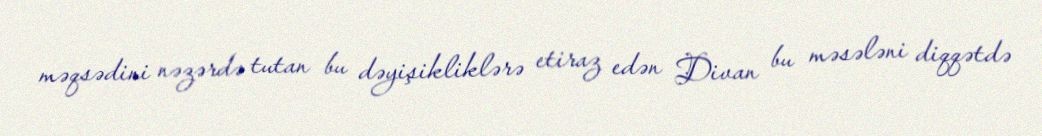
məqsədini nəzərdə tutan bu dəyişikliklərə etiraz edən Divan bu məsələni diqqətdə